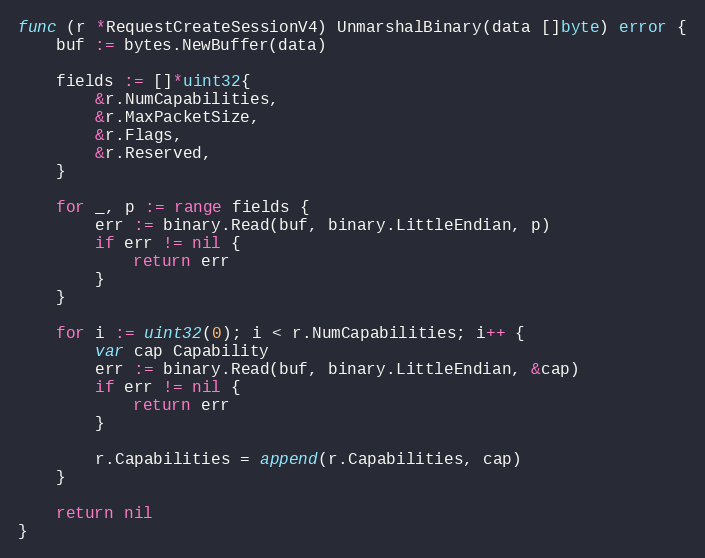
Language: Go
func (r *RequestCreateSessionV4) UnmarshalBinary(data []byte) error {
	buf := bytes.NewBuffer(data)

	fields := []*uint32{
		&r.NumCapabilities,
		&r.MaxPacketSize,
		&r.Flags,
		&r.Reserved,
	}

	for _, p := range fields {
		err := binary.Read(buf, binary.LittleEndian, p)
		if err != nil {
			return err
		}
	}

	for i := uint32(0); i < r.NumCapabilities; i++ {
		var cap Capability
		err := binary.Read(buf, binary.LittleEndian, &cap)
		if err != nil {
			return err
		}

		r.Capabilities = append(r.Capabilities, cap)
	}

	return nil
}